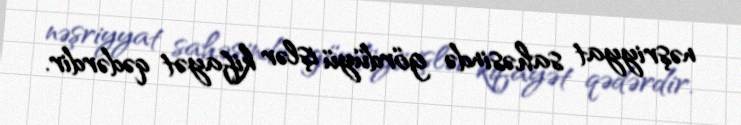
nəşriyyat sahəsində gördüyü işlər kifayət qədərdir.